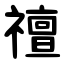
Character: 䄠